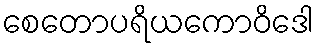
စေတောပရိယကောဝိဒေါ